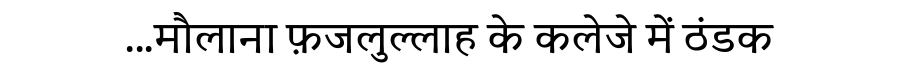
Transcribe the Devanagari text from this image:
...मौलाना फ़जलुल्लाह के कलेजे में ठंडक